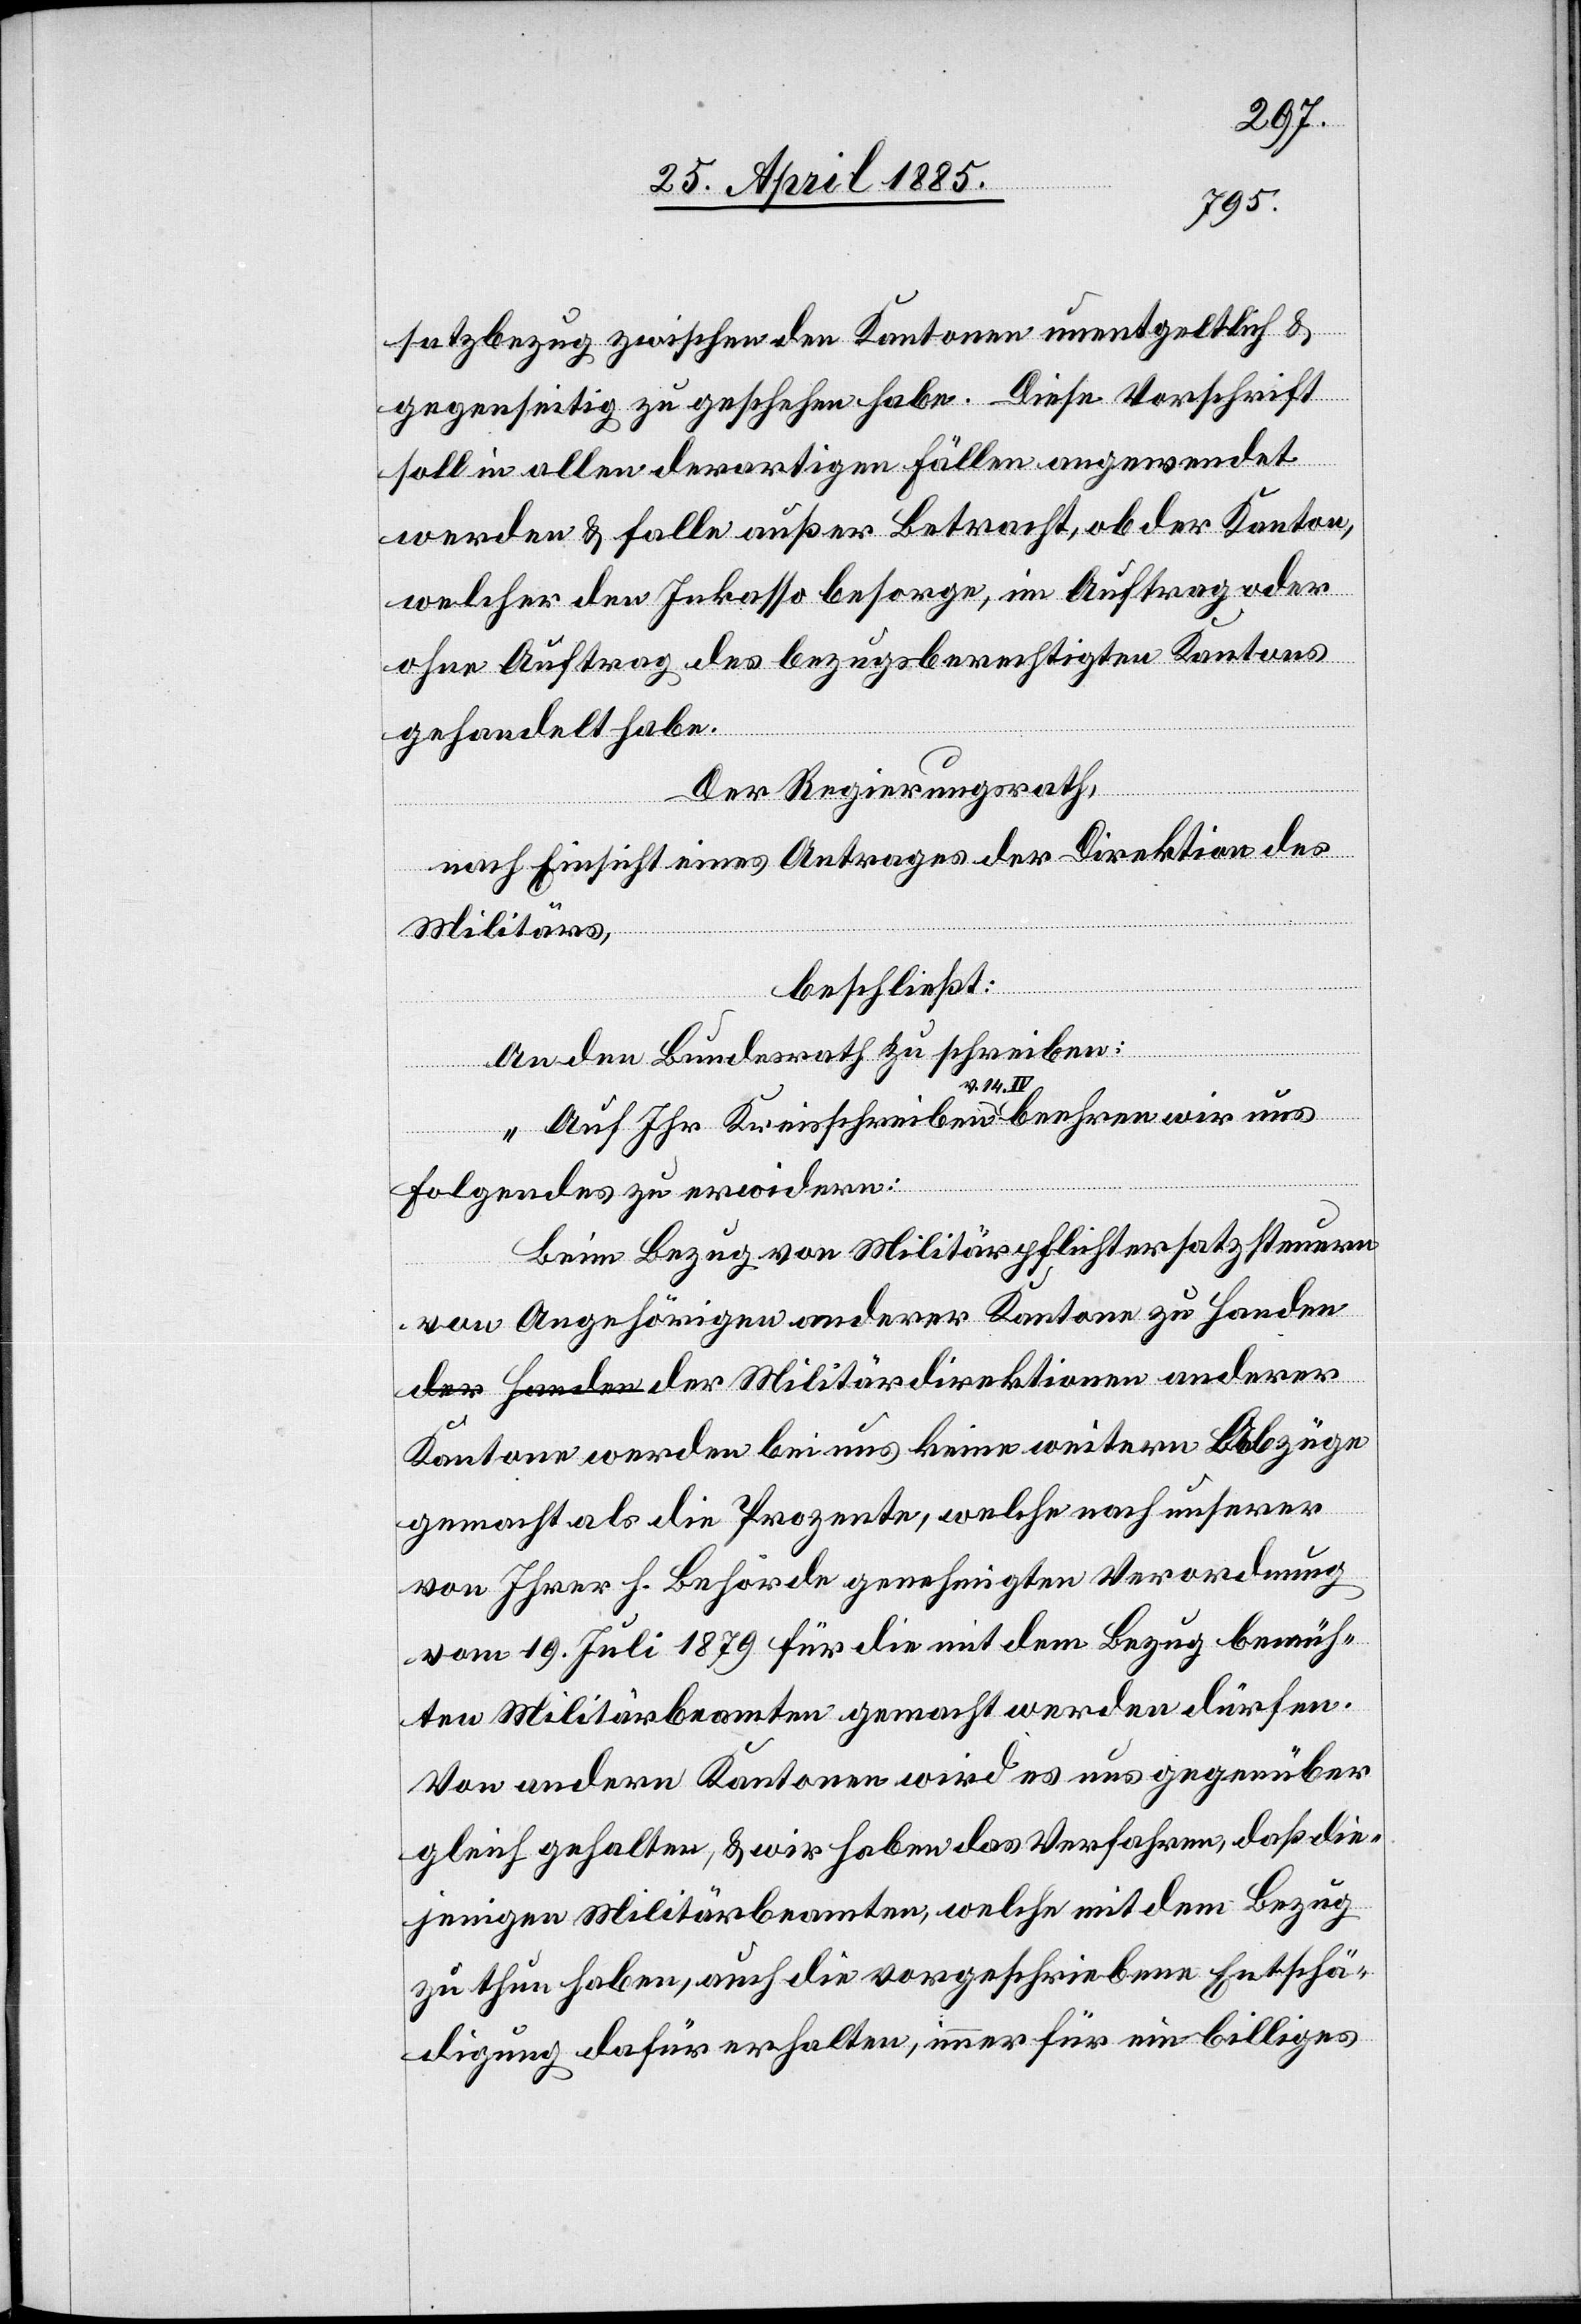
satzbezug zwischen den Kantonen unentgeltlich &
gegenseitig zu geschehen habe. Diese Vorschrift
soll in allen derartigen Fällen angewendet
werden & falle außer Betracht, ob der Kanton,
welcher den Inkasso besorge, im Auftrag oder
ohne Auftrag des bezugsberechtigten Kantons
gehandelt habe.
Der Regierungsrath,
nach Einsicht eines Antrages der Direktion des
Militärd¬
anderer
beschließt:
An den Bundesrath zu schreiben:
„Auf Ihr Kreisschreiben v. 14. IV. beehren wir uns
der
folgendes zu erwidern:
Beim Bezug von Militärpflichtersatzsteuern
von Angehörigen anderer Kantone zu Handen
Kantone werden bei uns keine weitern Abzüge
gemacht als die Prozente, welche nach unserer
von Ihrer h. Behörde genehmigten Verordnung
vom 19. Juli 1879 für die mit dem Bezug bemüh¬
ten Militärbeamten, welche mit dem Bezug
zu thun haben, auch die vorgeschriebene Entschä¬
digung dafür erhalten, immer für ein billiges